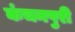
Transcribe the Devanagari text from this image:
कंचनपुरी